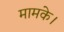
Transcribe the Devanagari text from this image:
मामके।